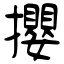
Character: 攖